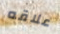
علاقه